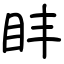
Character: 盽